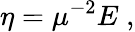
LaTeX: \eta=\mu^{-2}E\; ,